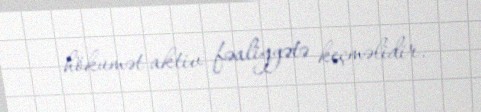
hökumət aktiv fəaliyyətə keçməlidir.